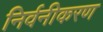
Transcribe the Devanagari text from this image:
निर्वनीकरण